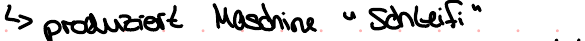
-> produziert Maschine "Schleifi"